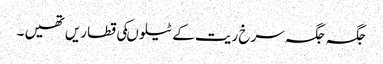
جگہ جگہ سرخ ریت کے ٹیلوںکی قطاریں تھیں ۔